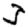
Digit: 3